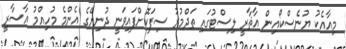
މިއާއެކު ޔުނެސްކޯއިން އާޘާރީ ލިސްޓުގައި ތަދްމުރު ސިފަކޮށްފައިވަނީ ދުނިޔޭގެ އެންމެ މުހިއްމު އާސާރީ